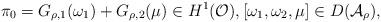
LaTeX: \begin{align*}\pi _{0}=G_{\rho ,1}(\omega _{1})+G_{\rho ,2}(\mu )\in H^{1}(\mathcal{O}),\left[ \omega _{1},\omega _{2},\mu \right] \in D(\mathcal{A}_{\rho }), \end{align*}